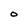
Character: O